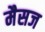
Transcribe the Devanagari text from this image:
मैसज